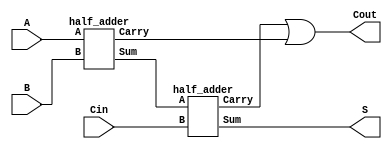
module full_adder(
    input A,
    input B,
    input Cin,
    output S,
    output Cout
);

    // Your code goes here.  DO NOT change anything that is already given! Otherwise, you will not be able to pass the tests!

    //FULL ADDERS ARE MADE OF 2 HALF ADDERS

    wire w1, w2, w3;
    half_adder HA1 (A, B, w2, w1);
    half_adder HA2 (w1, Cin, w3, S);
    assign Cout = w3 | w2;

endmodule


//MODULE INSTANTIATION FOR HALF ADDER
module half_adder(A, B , Carry, Sum);
    input A, B;
    output Carry, Sum;
    
    assign Sum = A ^ B;
    assign Carry = A & B;
endmodule